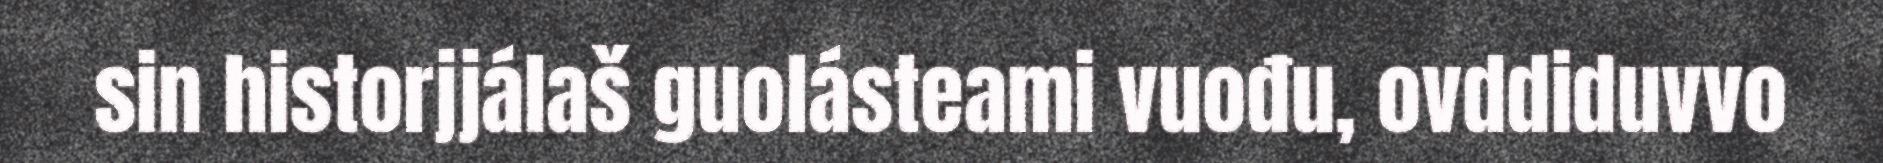
sin historjjálaš guolásteami vuođu, ovddiduvvo